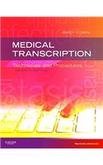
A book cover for Medical Transcription 7Ed: Techniques And Procedures (Pb 2012); Diehl M.O.; Medical Books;